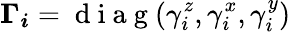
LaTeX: \boldsymbol{\Gamma_{i}}=\mathrm{~d~i~a~g~}(\gamma_{i}^{z},\gamma_{i}^{x},\gamma_{i}^{y})